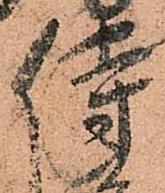
侍